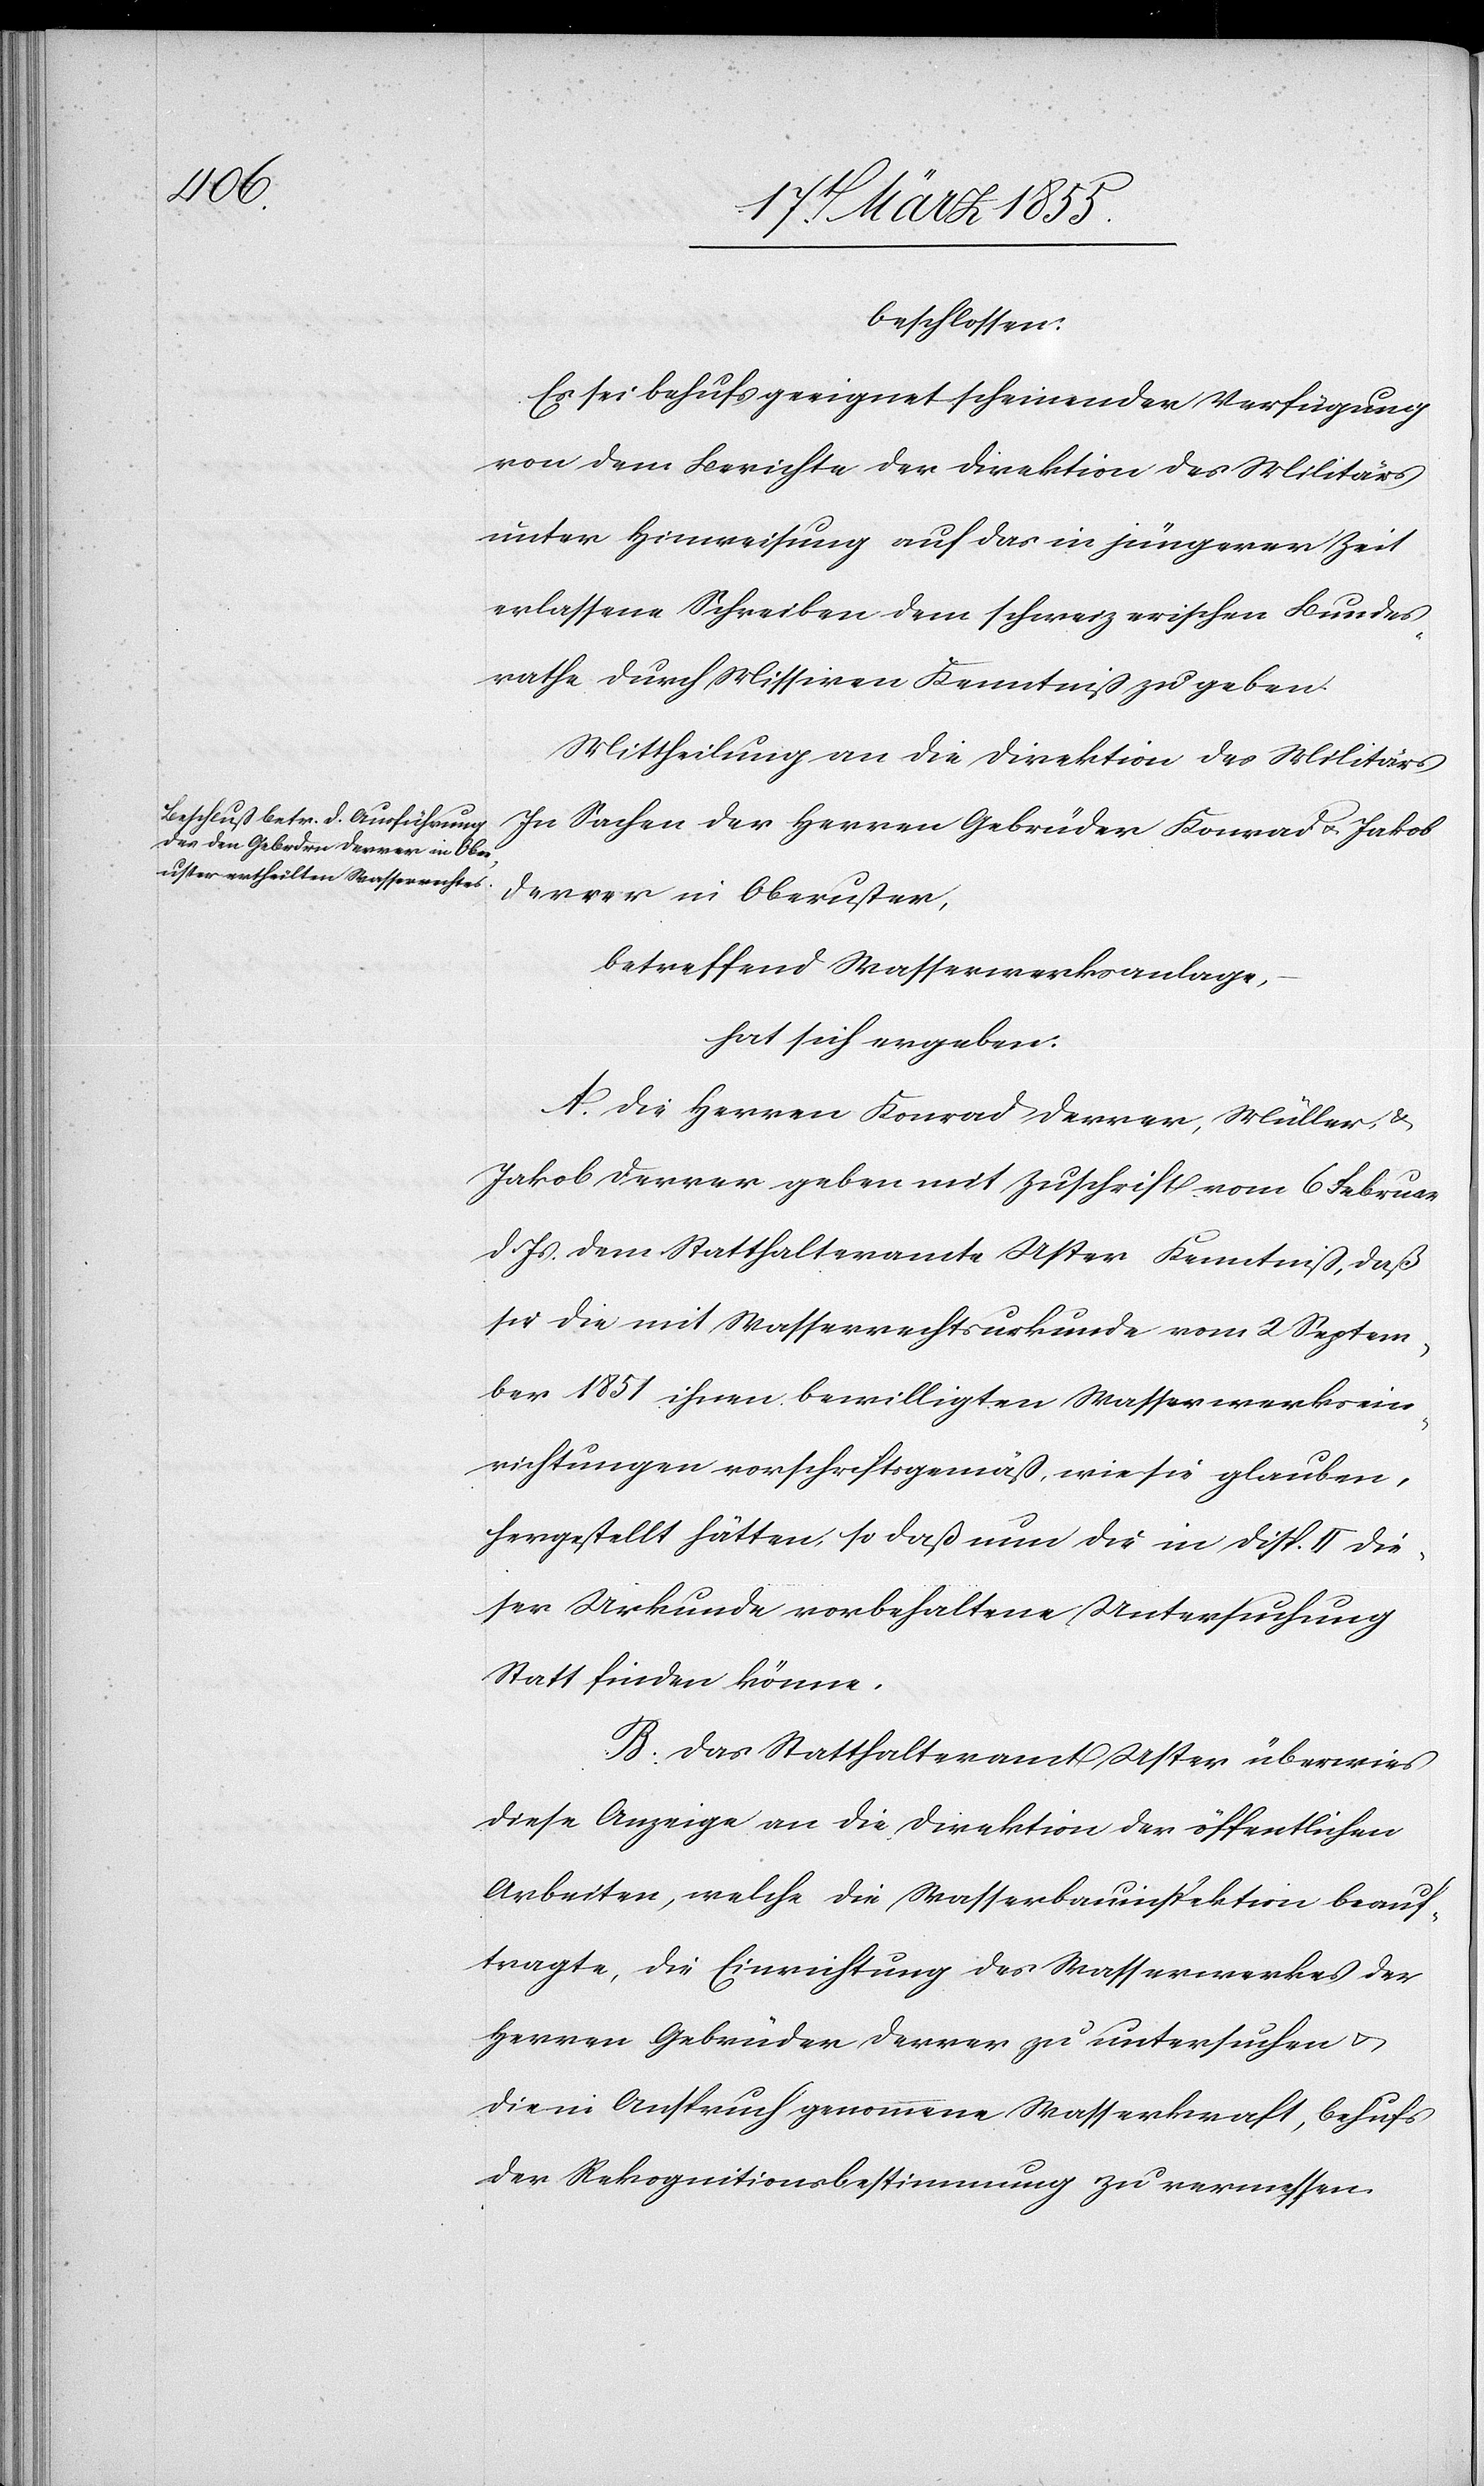
beschlossen:
Es sei behufs geeignet scheinender Verfügung
von dem Berichte der Direktion des Militärs
unter Hinweisung auf das in jüngerer Zeit
erlassene Schreiben dem schweizerischen Bundes¬
rathe durch Missiven Kenntniß zu geben.
Mittheilung an die Direktion des Militärs[.]
In Sachen der Herren Gebrüder Konrad & Jakob
Derrer in Oberuster,
betreffend Wasserwerksanlage,
–
hat sich ergeben:
A. Die Herren Konrad Derrer, Müller, &
Jakob Derrer geben mit Zuschrift vom 6 Februar
d. Js. dem Statthalteramte Uster Kenntniß, daß
sie die mit Wasserrechtsurkunde vom 2 Septem¬
ber 1851 ihnen bewilligten Wasserwerksein¬
richtungen vorschriftsgemäß, wie sie glauben,
hergestellt hätten, so daß nun die in Disp. II die¬
ser Urkunde vorbehaltene Untersuchung
Statt finden könne.
B. Das Statthalteramt Uster überwies
diese Anzeige an die Direktion der öffentlichen
Arbeiten, welche die Wasserbauinspektion beauf¬
tragte, die Einrichtung des Wasserwerkes der
Herren Gebrüder Derrer zu untersuchen &
die in Anspruch genommene Wasserkraft, behufs
der Rekognitionsbestimmung zu vermessen.